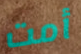
أمت